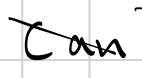
Text: Can
Cross-out: diagonal
Writing tool: digital_black